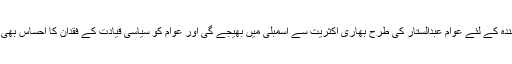
تاکہ آئندہ کے لئے عوام عبدالستار کی طرح بھاری اکثریت سے اسمبلی میں بھیجے گی اور عوام کو سیاسی قیادت کے فقدان کا احساس بھی نہ ہو۔